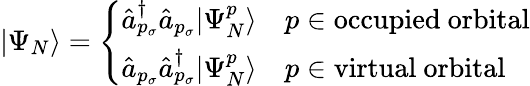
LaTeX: |\Psi_{N}\rangle=\left\{ \begin{array}{ll}{\hat{a}_{p_{\sigma}}^{\dagger}\hat{a}_{p_{\sigma}}|\Psi_{N}^{p}\rangle}&{p\in\mathrm{occupied~orbital}}\\ {\hat{a}_{p_{\sigma}}\hat{a}_{p_{\sigma}}^{\dagger}|\Psi_{N}^{p}\rangle}&{p\in\mathrm{virtual~orbital}}\end{array}\right.